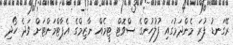
ރޭގަނޑު ފުރަ މެންދަމުގައި ފުލުހުންގެ ސްވޮޓް ޓީމެއް ނާޒިމްގެ އެޕާޓްމަންޓަށް ވަދެ ހޯދި